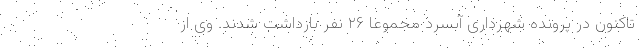
تاکنون در پرونده شهرداری آبسرد مجموعاً ۲۶ نفر بازداشت شدند. وی از